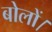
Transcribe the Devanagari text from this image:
बोलों।